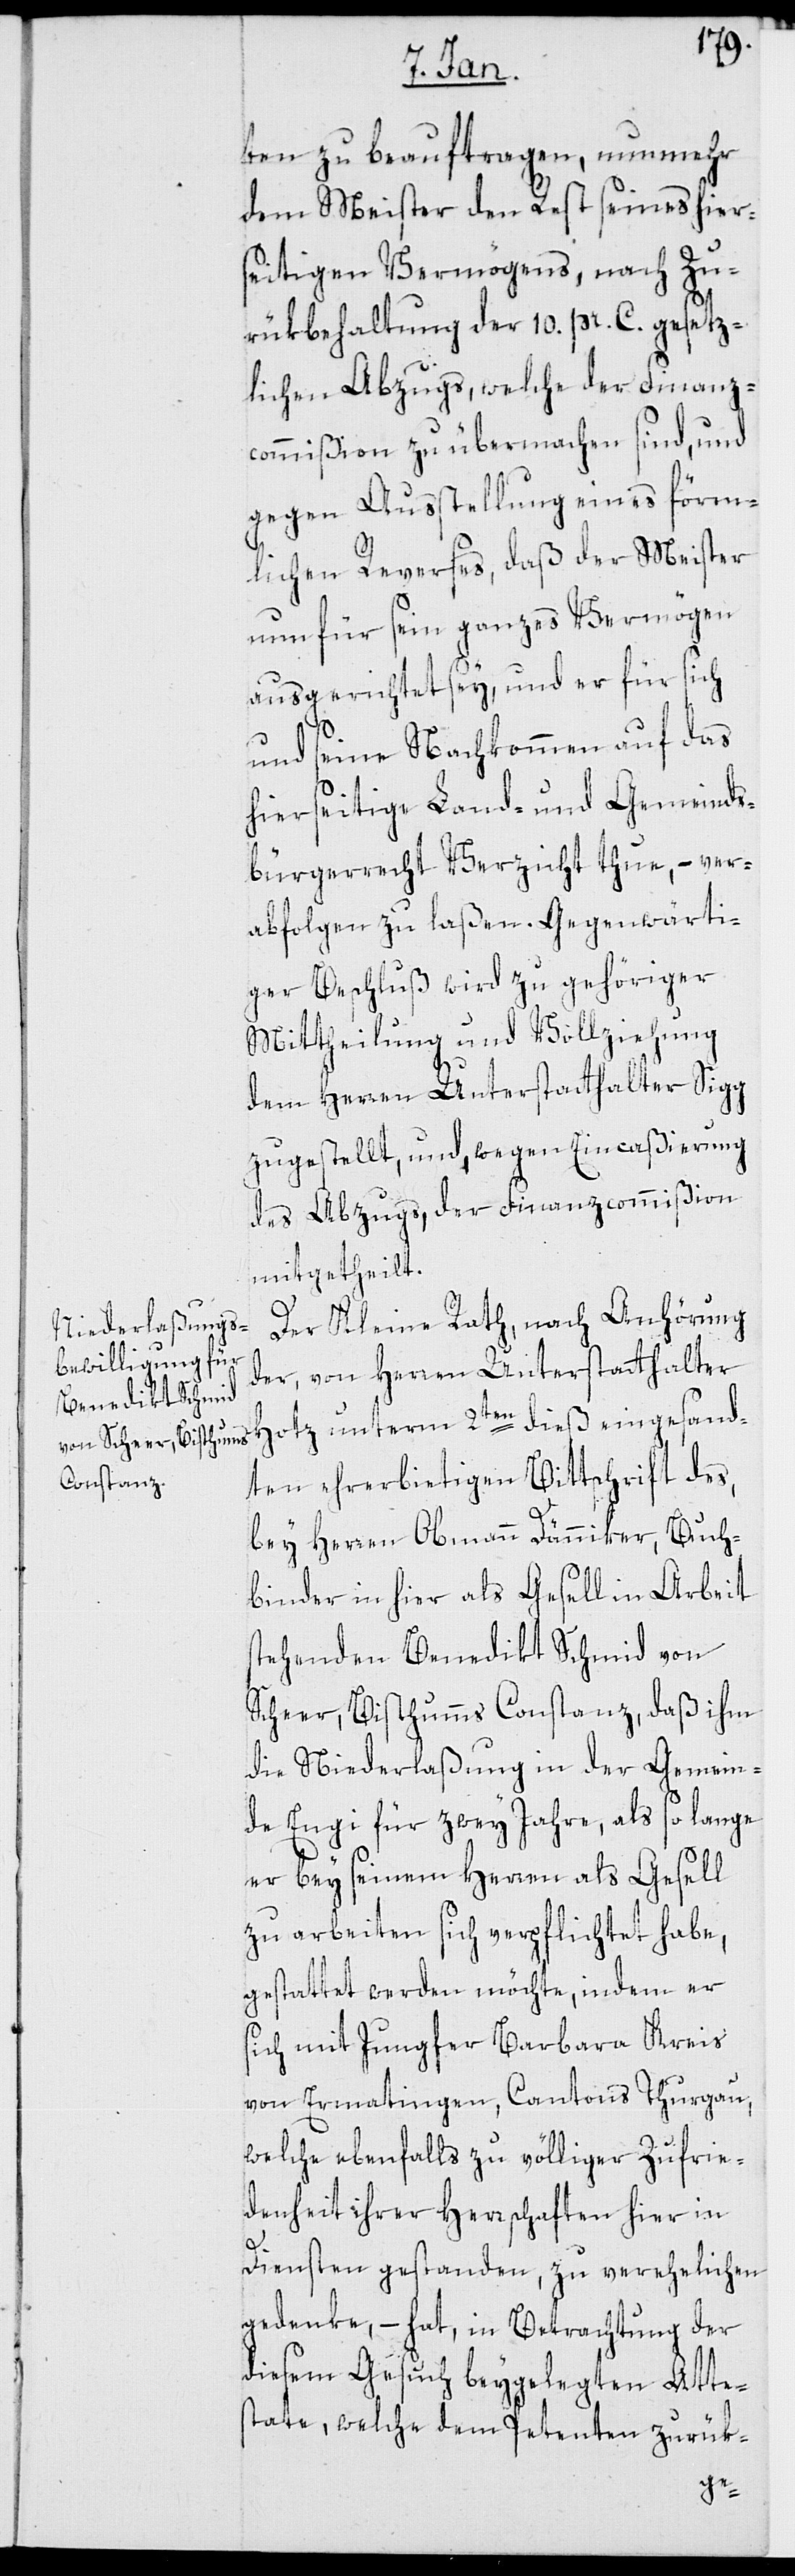
ten zu beauftragen, nunmehr
dem Meister den Rest seines hier¬
seitigen Vermögens, nach Zu¬
rükbehaltung der 10. pr. C. gesetz¬
lichen Abzugs, welche der Finanz¬
commißion zu übermachen sind, und
gegen Ausstellung eines förm¬
lichen Reverses, daß der Meister
nun für sein ganzes Vermögen
ausgerichtet sey, und er für sich
und seine Nachkommen auf das
hierseitige Land- und Gemeinds¬
bürgerrecht Verzicht thue, – ver¬
abfolgen zu laßen. Gegenwärti¬
ger Beschluß wird zu gehöriger
Mittheilung und Vollziehung
dem Herren Unterstatthalter Sigg
zugestellt, und, wegen Eincaßierung
des Abzugs, der Finanzcommißion
mitgetheilt.
Der Kleine Rath, nach Anhörung
der von Herren Unterstatthalter
Hotz unterm 2ten dieß eingesand¬
ten ehrerbietigen Bittschrift des,
bey Herren Obmann Dänniker, Buch¬
binder in hier als Gesell in Arbeit
stehenden Benedikt Schmid von
Scheer, Bisthums Constanz, daß ihm
die Niederlaßung in der Gemein¬
de Enge für zwey Jahre, als so lange
er bey seinem Herren als Gesell
zu arbeiten sich verpflichtet habe,
gestattet werden möchte, indem er
sich mit Jungfer Barbara Kreis
von Ermatingen, Cantons Thurgau,
welche ebenfalls zu völliger Zufrie¬
denheit ihrer Herrschaften hier in
Diensten gestanden, zu verehelichen
gedenke, – hat in Betrachtung der
diesem Gesuch beygelegten Atte¬
state, welche dem Petenten zurük-